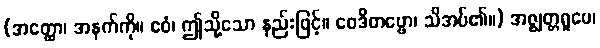
(အတ္ထော၊ အနက်ကို။ ဧဝံ၊ ဤသို့သော နည်းဖြင့်။ ဝေဒိတဗ္ဗော၊ သိအပ်၏။) အဇ္ဈတ္တရူပေ၊